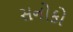
સનોકો